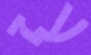
עז